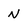
Character: N